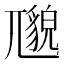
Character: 𱚯